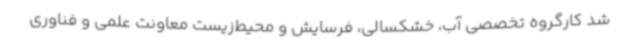
شد کارگروه تخصصی آب، خشکسالی، فرسایش و محیط‌زیست معاونت علمی و فناوری